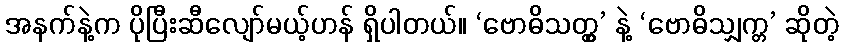
အနက်နဲ့က ပိုပြီးဆီလျော်မယ့်ဟန် ရှိပါတယ်။ ‘ဗောဓိသတ္တွ’ နဲ့ ‘ဗောဓိသျှက္တ’ ဆိုတဲ့